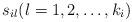
LaTeX: \begin{align*}s_{il}(l=1,2,\ldots,k_i)\end{align*}